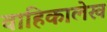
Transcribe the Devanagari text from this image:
वाहिकालेख